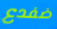
ضفدع